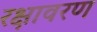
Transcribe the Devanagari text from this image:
रक्षावरण